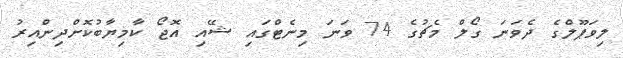
ލިވަޕޫލްގެ ދެވަނަ ގޯލް މެޗުގެ 74 ވަނަ މިނެޓްގައި ޝޭއި އޮޖޯ ކާމިޔާބުކޮށްދިންއިރު